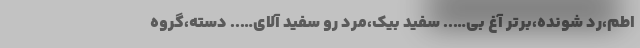
اطم،رد شونده،برتر آغ بی….. سفید بیک،مرد رو سفید آلای….. دسته،گروه